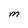
Character: M